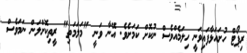
ރިޕޯޓް ހުށައަޅާފައިވަނީ ހިލަމެއްވެސް ނުކޮށް ކަމަށެވެ. އޭނާ ވަނީ "މަލަމަތި" ރީތިކޮށްލަން ނަމަވެސް